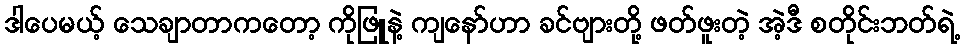
ဒါပေမယ့် သေချာတာကတော့ ကိုဖြူနဲ့ ကျနော်ဟာ ခင်ဗျားတို့ ဖတ်ဖူးတဲ့ အဲ့ဒီ စတိုင်းဘတ်ရဲ့